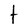
Character: t